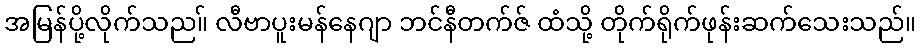
အမြန်ပို့လိုက်သည။် လီဗာပူးမန်နေဂျာ ဘင်နီတက်ဇ် ထံသို့ တိုက်ရိုက်ဖုန်းဆက်သေးသည်။